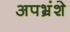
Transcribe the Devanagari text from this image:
अपभ्रंशे